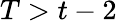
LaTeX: T>t-2